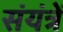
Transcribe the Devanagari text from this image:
संयंत्रें